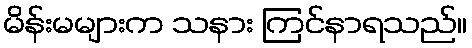
မိန်းမများက သနား ကြင်နာရသည်။